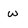
Character: w